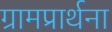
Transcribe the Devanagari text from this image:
ग्रामप्रार्थना